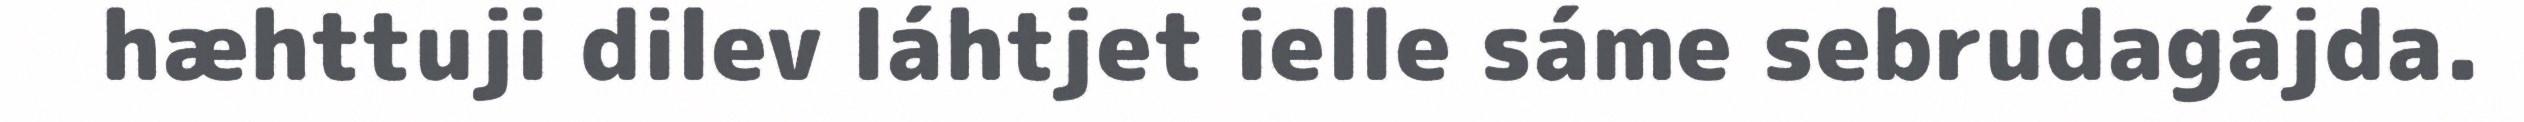
hæhttuji dilev láhtjet ielle sáme sebrudagájda.